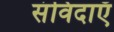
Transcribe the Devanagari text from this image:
संविदाएँ